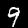
Label: 9